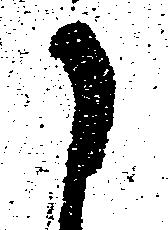
に